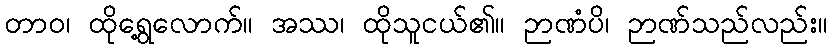
တာဝ၊ ထိုရွေ့လောက်။ အဿ၊ ထိုသူငယ်၏။ ဉာဏံပိ၊ ဉာဏ်သည်လည်း။